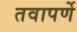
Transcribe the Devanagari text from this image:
तवापर्णे